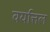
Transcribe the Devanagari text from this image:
वयत्तिल